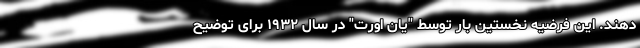
دهند. این فرضیه نخستین بار توسط "یان اورت" در سال ۱۹۳۲ برای توضیح